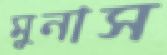
মুনাস